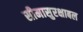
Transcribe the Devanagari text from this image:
सीमासुरक्षाबल